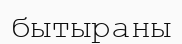
бытыраны